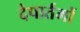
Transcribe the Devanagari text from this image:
देपार्तमों